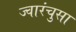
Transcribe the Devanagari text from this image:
ज्वारंचुसा